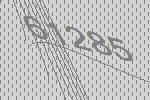
61285